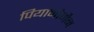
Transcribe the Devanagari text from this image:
पियानोमैन